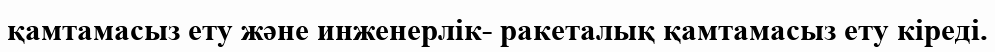
қамтамасыз ету және инженерлік- ракеталық қамтамасыз ету кіреді.